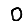
Digit: 0